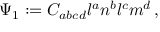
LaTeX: \Psi _ { 1 } : = C _ { a b c d } l ^ { a } n ^ { b } l ^ { c } m ^ { d } \, ,